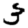
Digit: 3